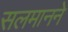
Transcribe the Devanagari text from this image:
सलमानने